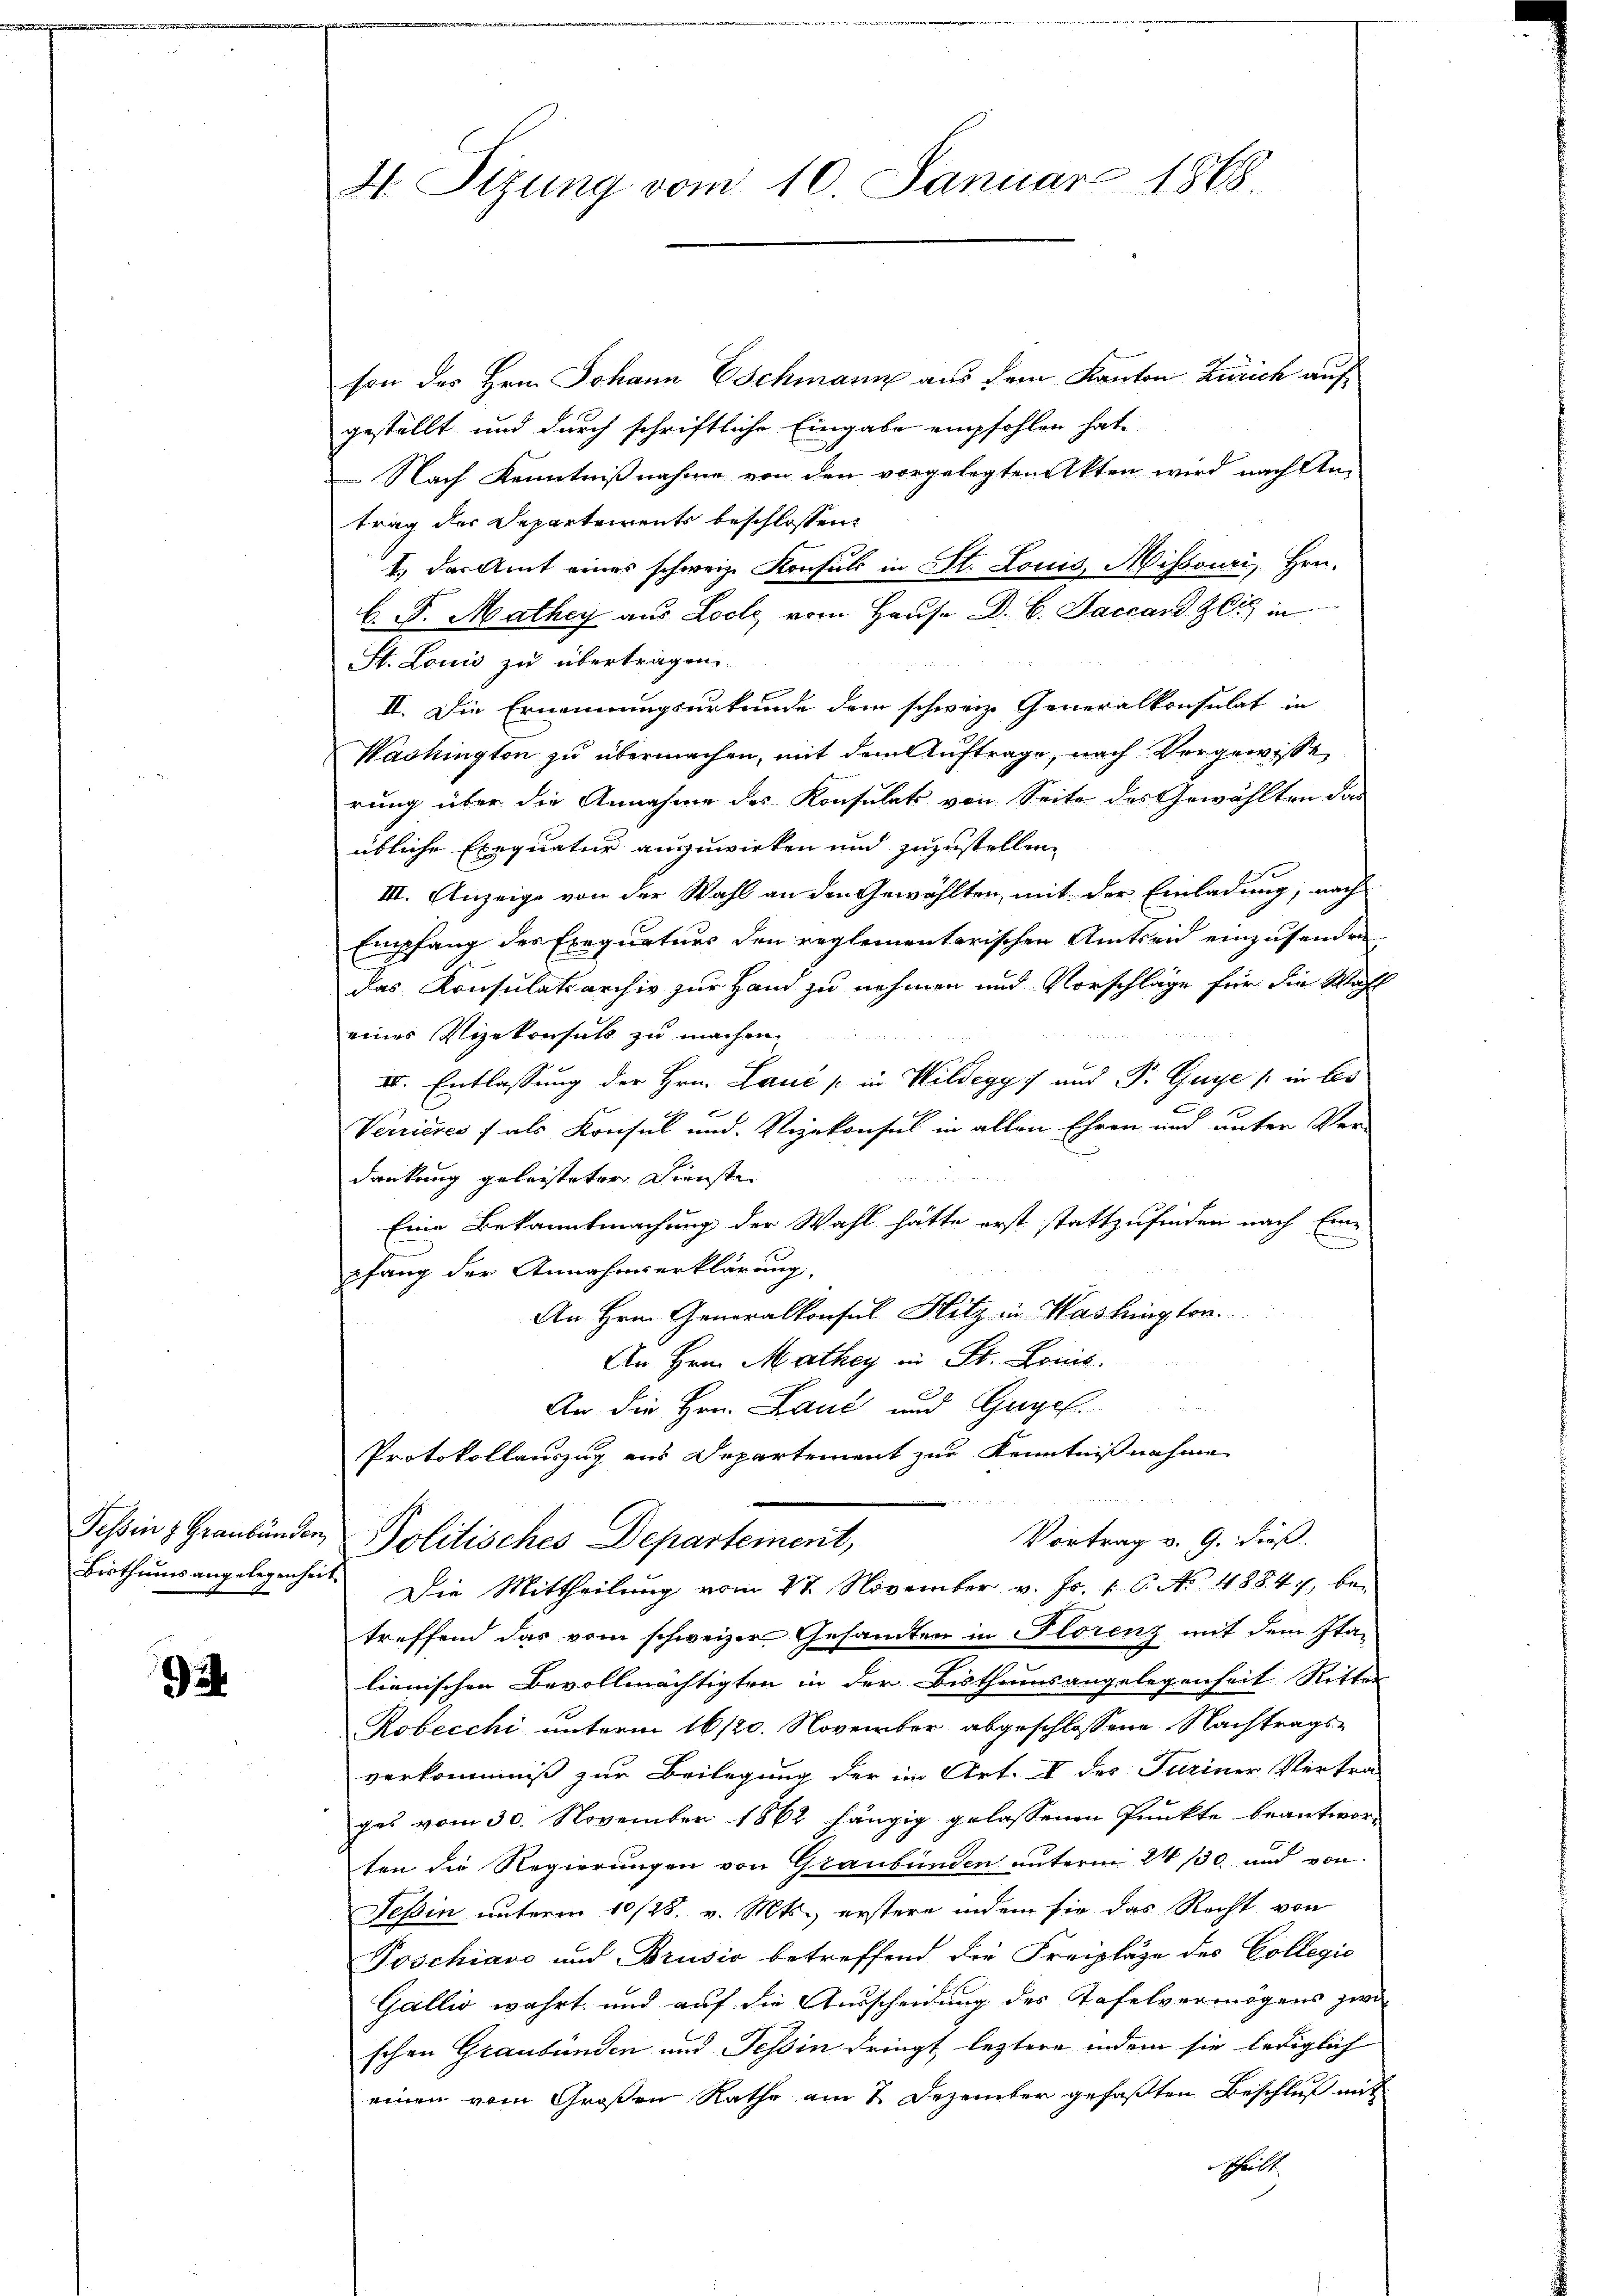
.

4. Sizung vom 10. Januar 1868

son des Hrn. Johann Eschmann aus dem Kanton Zürich auf
gestellt und durch schriftliche Eingabe empfohlen hat,
 Nach Kenntnißnahme von den vorgelegten Akten wird nach An-
trag der Departeients beschlossen:
1. das Amt eines schweiz. Konsuls in St. Louis, Missouri, Hrn.
b. F. Mathey aus Loch vom Hause d. 6. Jaccard Z. in
St. Louis zu übertragen.
II. Die Ernennungsurkunde dem schweiz. Generalkonsulat in
Washington zu übermachen, mit dem Auftrage, nach Vergewisse
rung über die Annahme des Konsulats von Seite des Gewählten das
übliche Exequatur auszuwirken und zuzustellen,
III. Anzeige von der Wahl an den Gewählten, mit der Einladung, nach
Empfang des Exequaturs den reglementarischen Amtseid einzusenden,
das Konsulatsarchiv zur Hand zu nehmen und Vorschläge für die Wahl
eines Vizekonsuls zu machen
IV. Entlassung der Hrn. Lauć / in Wildegg 7 und P. Guye / in bes
Verrieres f als Konsul und Vizekonses in allen Ehren und unter Ver-

dankung geleisteter Dienste
Eine Bekanntmachung der Wahl hätte erst stattzufinden nach Ein-
E
pfang der Annahmserklärung,
An Hrn. Generalkonsul Hitz in Washington.
An Hrn. Mathey in St. Bonis.
An die Hrn. Laut und Gugel.
Protokollauszug aus Departement zur Kenntnißnahme
Jchinz Graubünden, Politisches Departement,
Vortrag v. 9. dieß.
Bisthums angelegenheit. Die Mittheilŭng vom 27. November v. Fr. 1. C. No 48847, be-
treffend das vom schweizer Gesamten in Florenz mit dem Italienischen Bevollmächtigten in der Bisthumsangelegenheit Ritter
Robecchi unterm 16/20. November abgeschlossene Nachtrags-
verkommniß zur Beilegung der im Art. I des Juriner Vertra-
ges vom 30. November 1862 hängig gelassenen Punkte beantwor-
ten die Regierungen von Graubünden unterm 24. 130 und von
Teßin unterm 10/28. v. Mts., erstere indem sie das Recht von
Poschiavo und Brusio betreffend die Freipläge des Collegio
Gallis wahrt und auf die Ausscheidung des Tafelvermögens zwi
schen Graubünden und Tessin dringt leztere indem sie lediglich
einen vom Großen Rathe am 2. Dezember gefaßten Beschluß mit
schritt